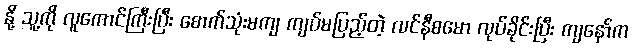
နို့ သူ့ကို လူကောင်ကြီးပြီး စောက်သုံးမကျ ကျပ်မပြည့်တဲ့ လင်နီစမော လုပ်ခိုင်းပြီး ကျနော်က